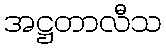
အဋ္ဌတာလီသ